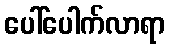
ပေါ်ပေါက်လာရာ